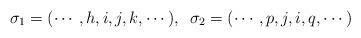
LaTeX: \begin{align*} \sigma_1 = (\cdots, h,i,j,k, \cdots), \,\,\, \sigma_2 = ( \cdots, p,j,i,q,\cdots) \end{align*}